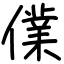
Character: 㒒